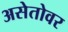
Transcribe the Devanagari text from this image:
असेतोवर